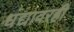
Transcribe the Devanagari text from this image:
धंद्यावरही